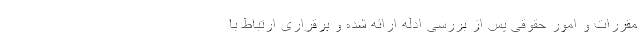
مقررات و امور حقوقی پس از بررسی ادله ارائه شده و برقراری ارتباط با